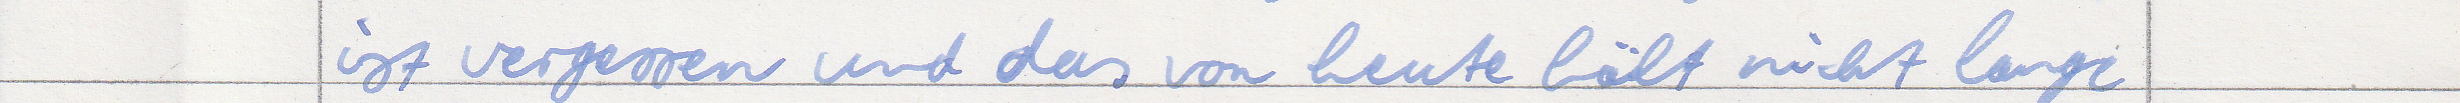
ist vergessen und das von heute hält nicht lange